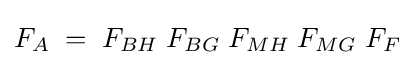
F_{A}\;=\;F_{BH}\;F_{BG}\;F_{MH}\;F_{MG}\;F_{F}